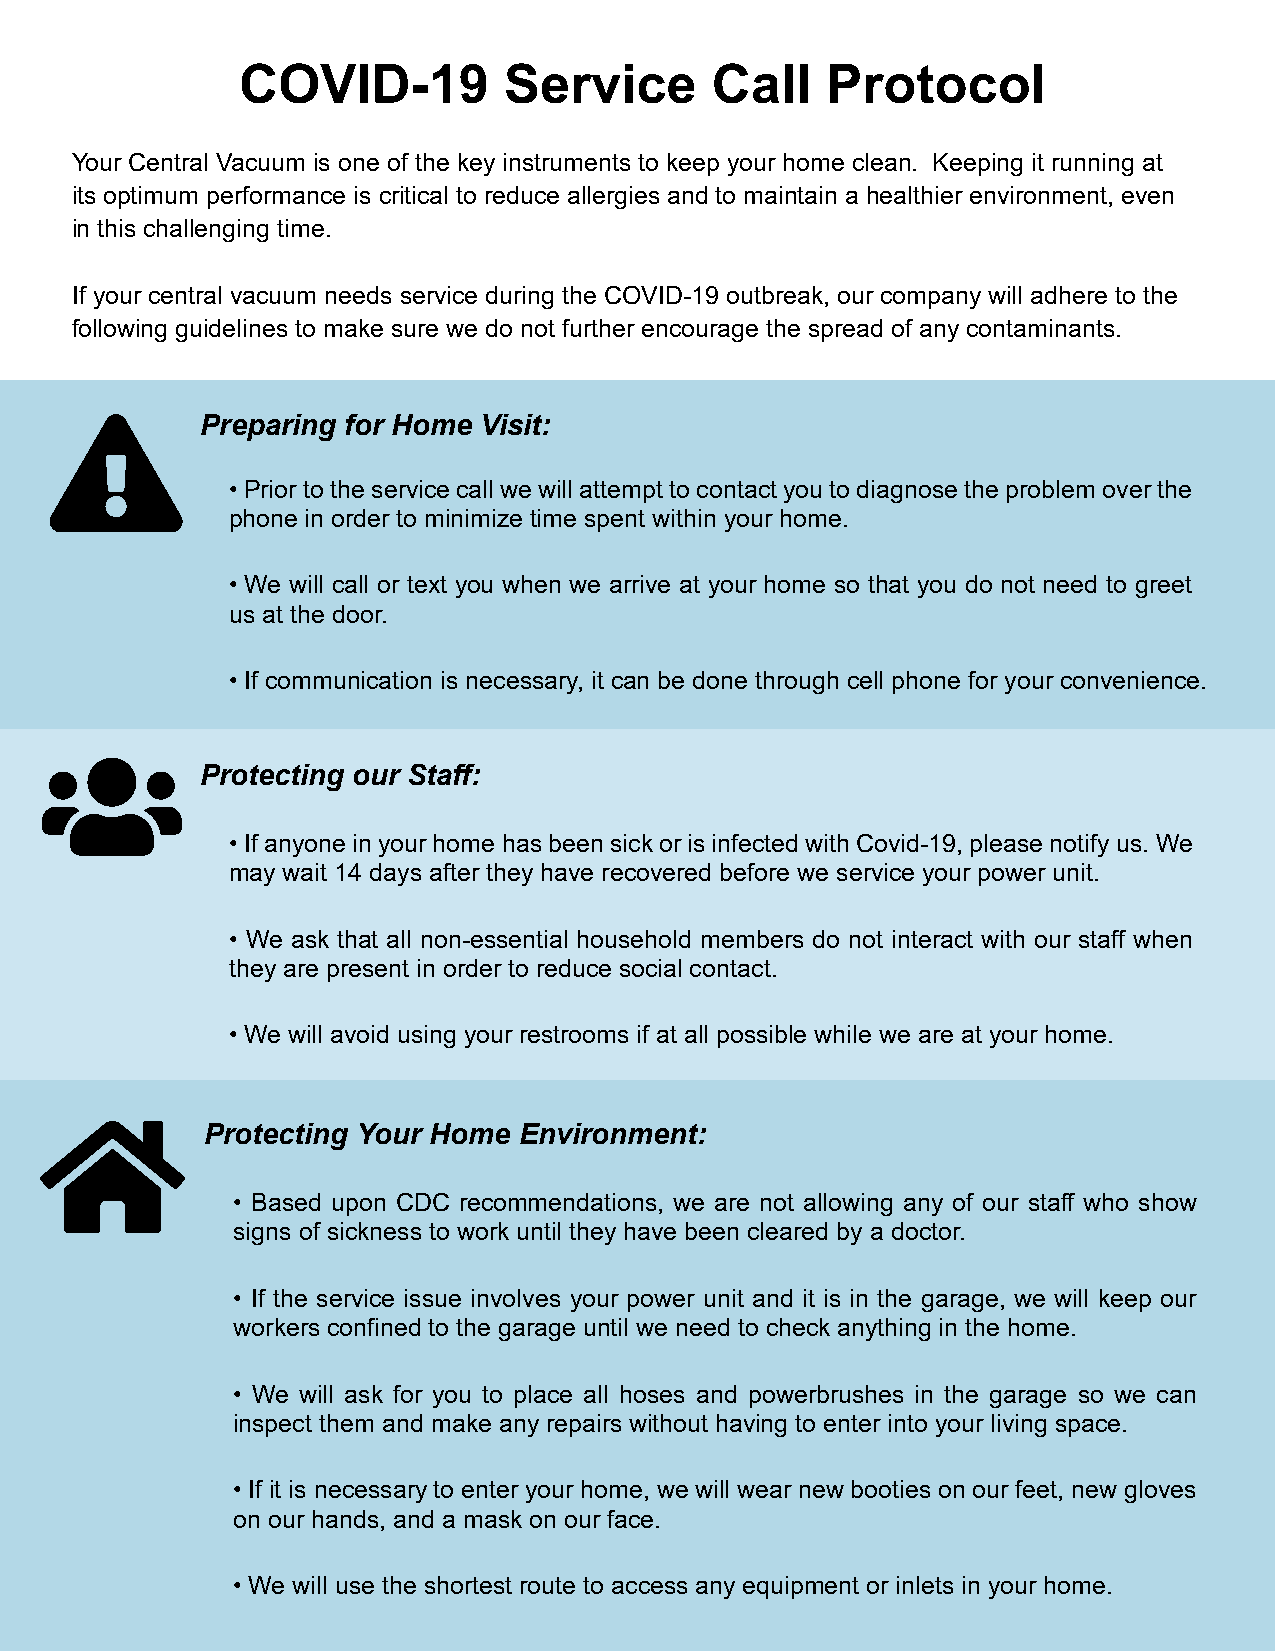
COVID-19         Service       Call    Protocol
 Your Central Vacuum is one of the key instruments to keep your home clean. Keeping it running at
 its optimum performance is critical to reduce allergies and to maintain a healthier environment, even
 in this challenging time.
 If your central vacuum needs service during the COVID-19 outbreak, our company will adhere to the
 following guidelines to make sure we do not further encourage the spread of any contaminants.
 Preparing for Home Visit:
 • Prior to the service call we will attempt to contact you to diagnose the problem over the
 phone in order to minimize time spent within your home.
 • We will call or text you when we arrive at your home so that you do not need to greet
 us at the door.
 • If communication is necessary, it can be done through cell phone for your convenience.
 Protecting our Staff:
 • If anyone in your home has been sick or is infected with Covid-19, please notify us. We
 may wait 14 days after they have recovered before we service your power unit.
 • We ask that all non-essential household members do not interact with our staff when
 they are present in order to reduce social contact.
 • We will avoid using your restrooms if at all possible while we are at your home.
 Protecting Your Home Environment:
 • Based upon CDC recommendations, we are not allowing any of our staff who show
 signs of sickness to work until they have been cleared by a doctor.
 • If the service issue involves your power unit and it is in the garage, we will keep our
 workers confined to the garage until we need to check anything in the home.
 • We will ask for you to place all hoses and powerbrushes in the garage so we can
 inspect them and make any repairs without having to enter into your living space.
 • If it is necessary to enter your home, we will wear new booties on our feet, new gloves
 on our hands, and a mask on our face.
 • We will use the shortest route to access any equipment or inlets in your home.